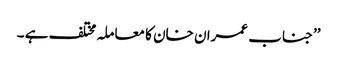
’’جناب عمران خان کا معاملہ مختلف ہے ۔